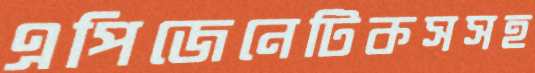
এপিজেনেটিকসসহ